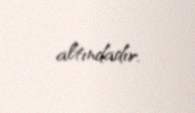
altındadır.